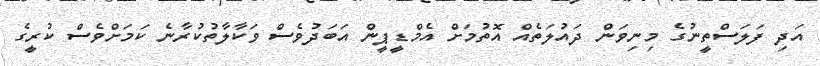
އަދި ފަލަސްތީނުގެ މިނިވަން ދައުލަތެއް އޮތުމަށް އެމްޑީޕީން އަބަދުވެސް ވަކާލާތުކުރާނެ ކަމަށްވެސް ކުރީގެ